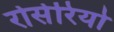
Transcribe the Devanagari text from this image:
रोसेरियो